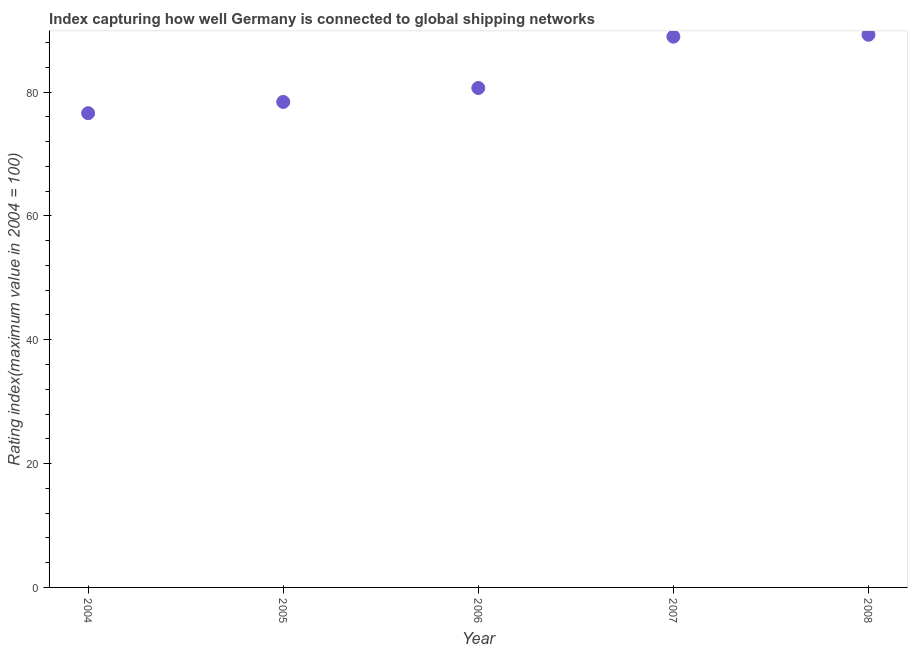
| Year | Liner shipping connectivity index  |
 | --- | --- |
 | 2004 | 76.6 |
 | 2005 | 78.4 |
 | 2006 | 80.7 |
 | 2007 | 89 |
 | 2008 | 89.3 |